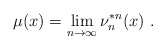
\begin{align*}\mu(x) = \lim_{n\to\infty} \nu_n^{*n}(x) \ .\end{align*}